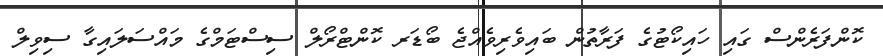
ކޮންފަރެންސް ގައި ހައިކޯޓުގެ ފަރާތުން ބައިވެރިވެއްޖެ ބޯޑަރ ކޮންޓްރޯލް ސިސްޓަމްގެ މައްސަލައިގާ ސިވިލް